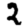
Digit: 2